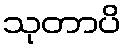
သုတာပိ